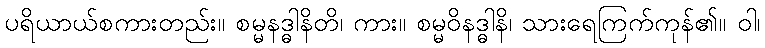
ပရိယာယ်စကားတည်း။ စမ္မနဒ္ဓါနိတိ၊ ကား။ စမ္မဝိနဒ္ဓါနိ၊ သားရေကြက်ကုန်၏။ ဝါ၊